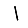
Digit: 1